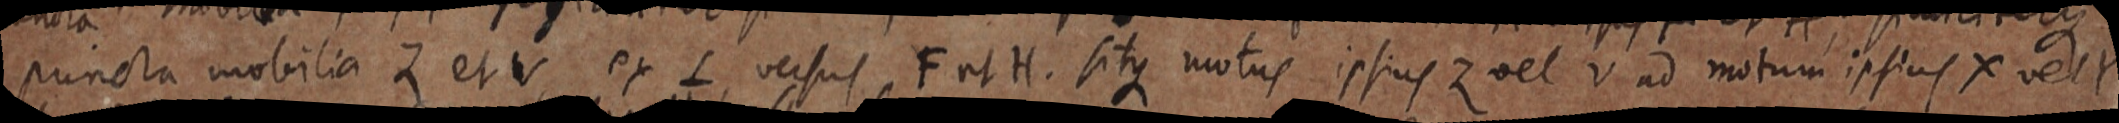
puncta mobilia Z et V ex L, versus F et H. sitque motus ipsius Z vel V ad motum ipsius X vel Y